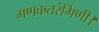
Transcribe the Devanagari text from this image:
गणकतरंगिणी।